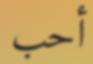
أحب